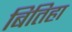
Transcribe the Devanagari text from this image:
बितिहा